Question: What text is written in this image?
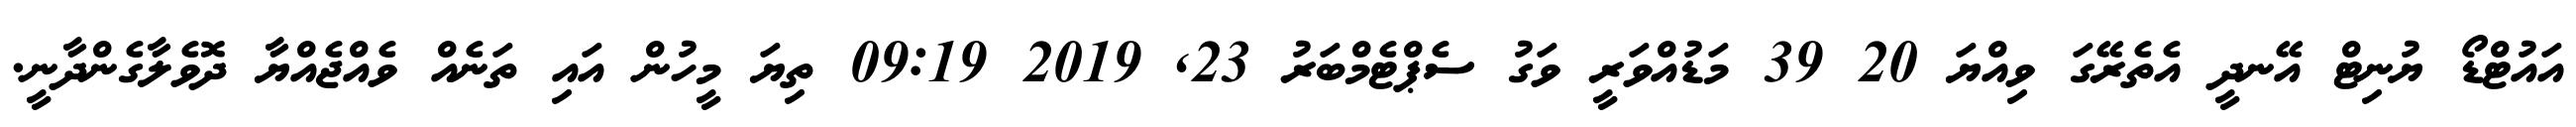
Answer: އައުޓްޑޯ ޔުނިޓް އޭނދީ އެތެރޭގަ ވިއްޔަ 20 39 މަޑުއްވަރީ ވަގު ސެޕްޓެމްބަރު 23, 2019 09:19 ތިޔަ މީހުން އައި ތަނެއް ވެއްޖެއްޔާ ދޮވެލާގެންދާނީ.